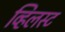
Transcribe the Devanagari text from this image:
व्हिलस्ट